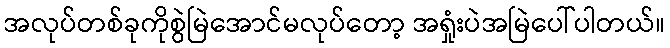
အလုပ်တစ်ခုကိုစွဲမြဲအောင်မလုပ်တော့ အရှုံးပဲအမြဲပေါ်ပါတယ်။